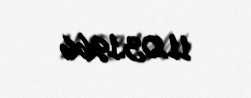
11.03.1966